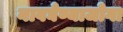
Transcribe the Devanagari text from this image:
नावघेण्याजोगा